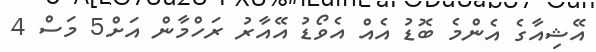
އޭޝިއާގެ އެންމެ ބޮޑު އެއް އެވޯޑު އޭއާރު ރަހްމާން އަށް5 މަސް 4